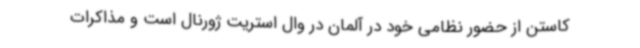
کاستن از حضور نظامی خود در آلمان در وال استریت ژورنال است و مذاکرات